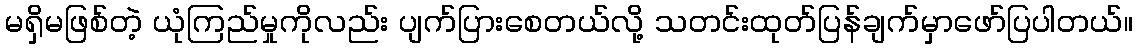
မရှိမဖြစ်တဲ့ ယုံကြည်မှုကိုလည်း ပျက်ပြားစေတယ်လို့ သတင်းထုတ်ပြန်ချက်မှာဖော်ပြပါတယ်။